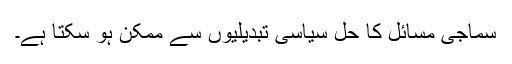
سماجی مسائل کا حل سیاسی تبدیلیوں سے ممکن ہو سکتا ہے۔